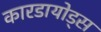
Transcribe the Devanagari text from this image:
कारडायोड्स